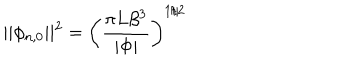
\vert \vert \phi _ { n , 0 } \vert \vert ^ { 2 } = \left( \frac { \pi L \beta ^ { 3 } } { \vert \Phi \vert } \right) ^ { 1 / 2 }